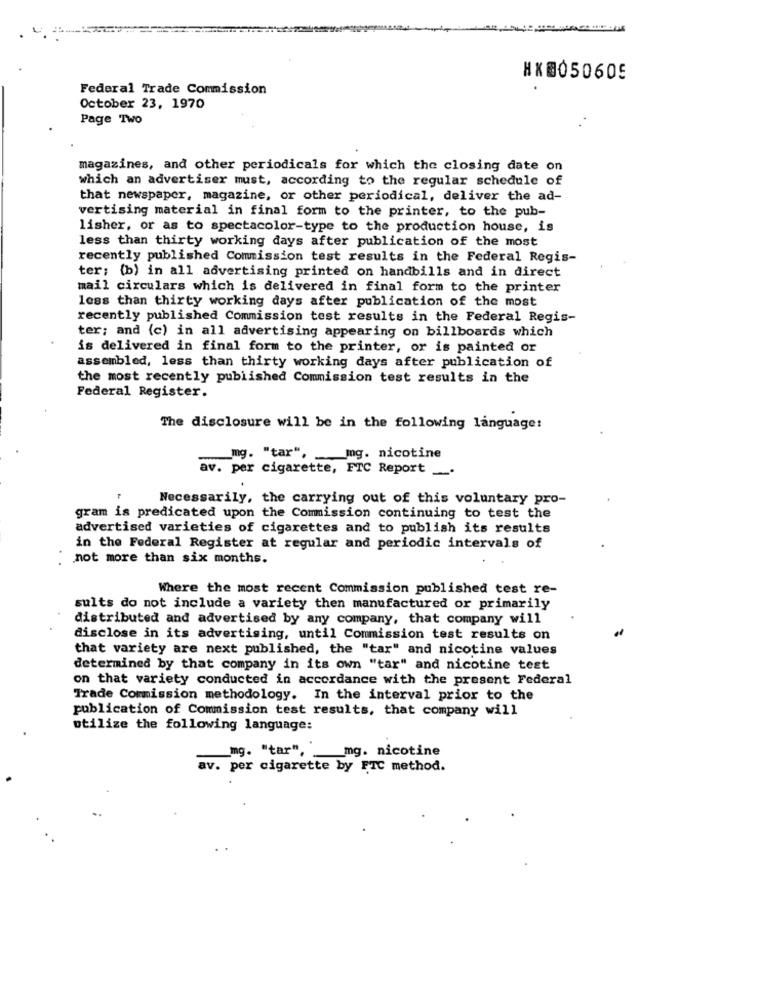
#X0050605
Federal Trade Commission
October 23, 1970
Page TWO
magazines, and other periodicals for which the closing date on
which an advertiser must, according to the regular schedule of
that newspaper, magazine, or other periodical, deliver the ad-
vertising material in final form to the printer, to the pub-
lisher, or as to spectacolor-type to the production house, is
less than thirty working days after publication of the most
recently published Commission test results in the Federal Regis-
ter: (b) in all advertising printed on handbills and in direct
mail circulars which is delivered in final form to the printer
less than thirty working days after publication of the most
recently published Commission test results in the Federal Regis-
ter; and (c) in all advertising appearing on billboards which
is delivered in final form to the printer, or is painted or
assembled, less than thirty working days after publication of
the most recently published Commission test results in the
Federal Register.
The disclosure will be in the following language:
mg. "tar" ,_ "
_mg. nicotine
av. per cigarette, FTC Report _.
Necessarily, the carrying out of this voluntary pro-
gram is predicated upon the Commission continuing to test the
advertised varieties of cigarettes and to publish its results
in the Federal Register at regular and periodic intervals of
not more than six months.
Where the most recent Commission published test re-
sults do not include a variety then manufactured or primarily
distributed and advertised by any company, that company will
disclose in its advertising, until Commission test results on
that variety are next published, the "tar" and nicotine values
determined by that company in its own "tar" and nicotine test
on that variety conducted in accordance with the present Federal
Trade Commission methodology. In the interval prior to the
publication of Commission test results, that company will
utilize the following language:
mg. "tar", mg. nicotine
av. per cigarette by FTC method.